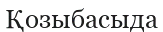
Қозыбасыда